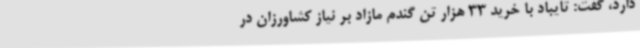
دارد، گفت: تایباد با خرید 33 هزار تن گندم مازاد بر نیاز کشاورزان در